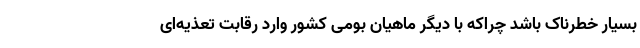
بسیار خطرناک باشد چراکه با دیگر ماهیان بومی کشور وارد رقابت تعذیه‌ای